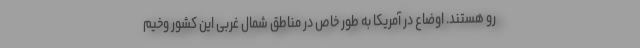
رو هستند. اوضاع در آمریکا به طور خاص در مناطق شمال غربی این کشور وخیم